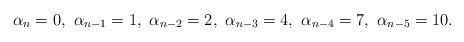
LaTeX: \begin{align*} \alpha_n=0,\ \alpha_{n-1}=1,\ \alpha_{n-2}=2,\ \alpha_{n-3}=4,\ \alpha_{n-4}=7,\ \alpha_{n-5}=10. \end{align*}